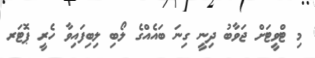
މި ޓްވީޓަށް ޖަވާބު ދިނީ ގިނަ ބައެއްގެ ލޯބި ލިބިފައިވާ ހެރީ ޕޮޓަރ